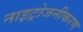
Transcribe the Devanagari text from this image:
नाइट्रोजनीकरण